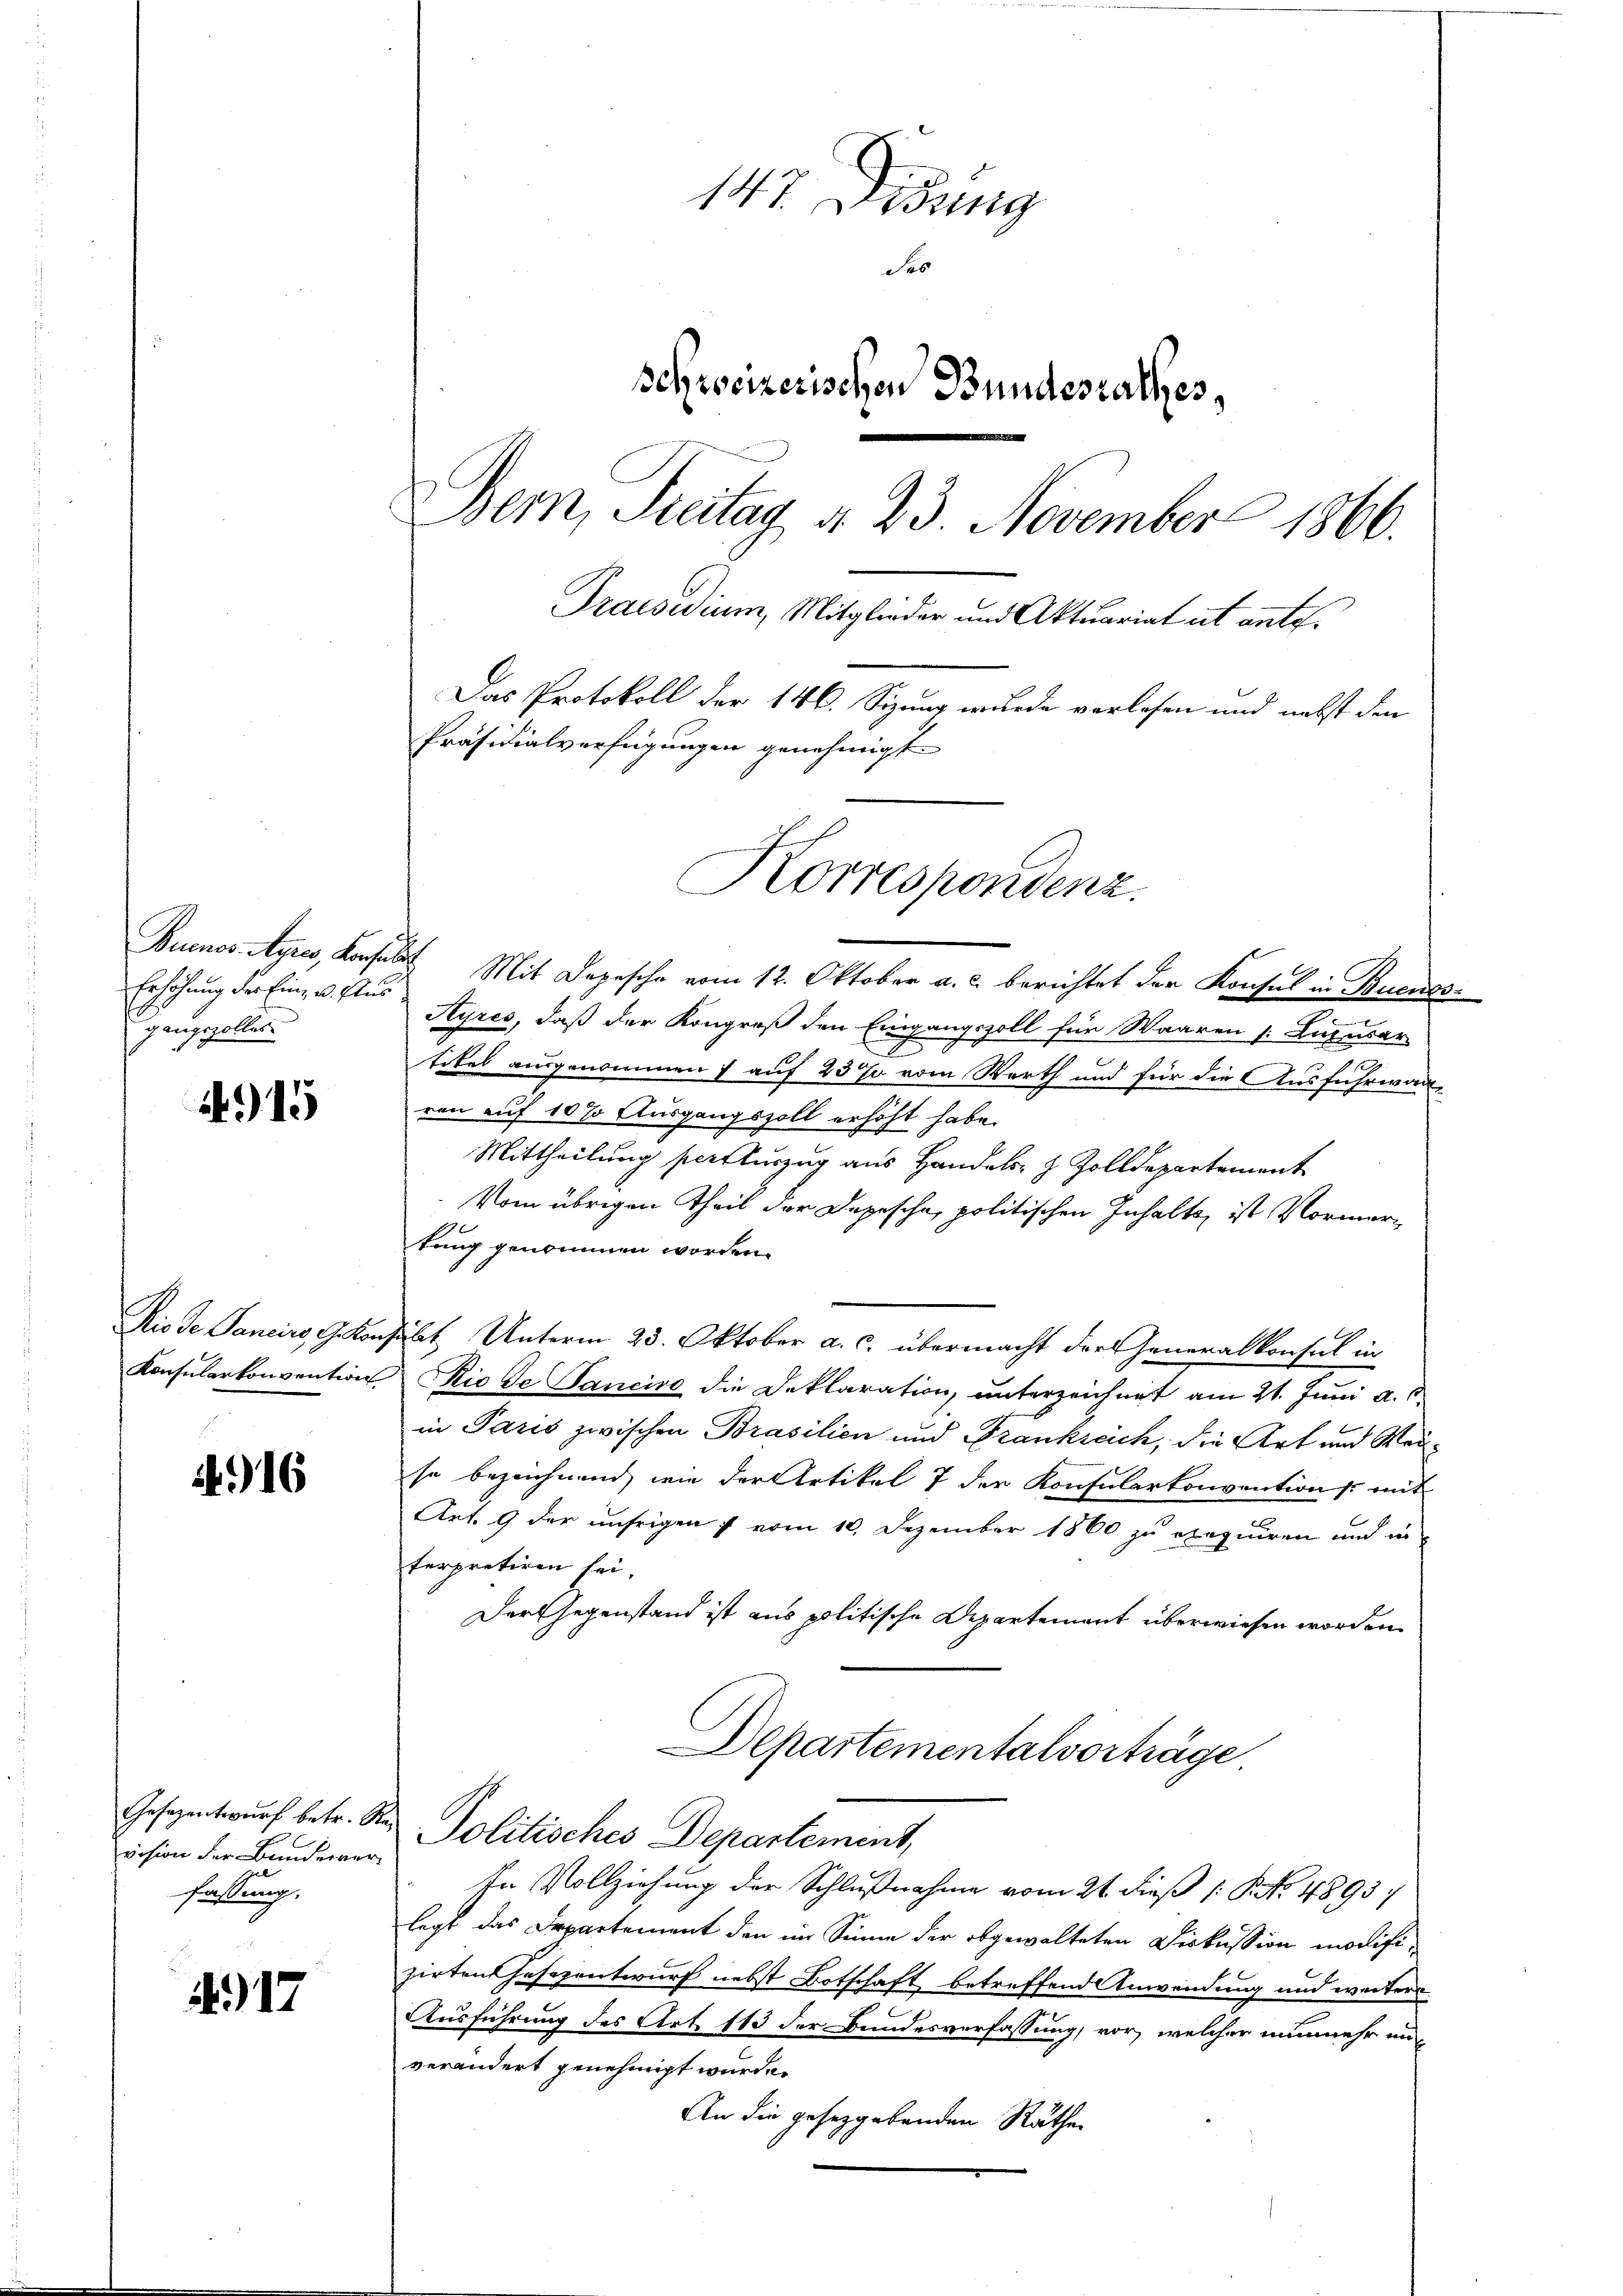
Erhöhung der Eine 20. Aus
gangszolles.

4915

16

vision der Bunderverfassung.

17

147. Didung
des
Schweizerischen Bundesrathes,
Bern, Steitag d. 23. November 1866.
Praesidium, Mitglieder und Aktuariat ut ante¬
Das Protokoll der 146. Sizung wurde verlesen und nebst den
Präsidialverfügungen genehmigt
Korrespondenz.

Buenos Ayres, Konsuls Mit Depesche vom 12. Oktober a. c. berichtet der Konsul in Buenos¬
.
Ayres, daß der Kongreß den Eingangszoll für Waaren s. Luzesar-
s
tikel ausgenommen & auf 23 % vom Werth und für die Ausfuhrwarren auf 10 % Ausgangszoll erhöht habe.
Mittheilung sotturzug aus Handels- & Zolldepartement
Vom übrigen Theil der Depesche, politischen Inhalte, ist Vormertung genommen worden.
Rio de Janeiro G. Konsulat Unterm 23. Oktober a. c. übermacht der Generalkonsul in
Konsularkonvention Rio de Sancire die Deklaration, unterzeichnet am 21. Juni a. c.
in Paris zwischen Brasilien und Frankreich, die Art und Weise bezeichnend, wie der Artikel 7 der Konsularkonventions mit
Art. 9 der unsrigen 7 vom 10. Dezember 1860 zu exequiren und in
terpretiren sei.
Der Gegenstand ist aus politische Departement überwiesen worden
Departementalvorträge.

Gesezentwŭrf betr. R. Politisches Departement,

In Vollziehung der Schlußnahme vom 21. dieß (: P. Nr. 4893/
legt das Departement den im Sinne der obgewalteten Diskussion modifizirten Hasezentwurf nebst Botschaft betreffend Anwendung und weitere
Ausführung des Art 113 der Bundesverfassung, vor, welcher nunmehr unverändert genehmigt wurde.
An die gesetzgebenden Räthe